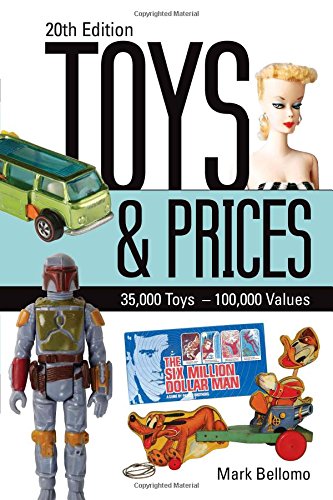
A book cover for Toys & Prices (Toys and Prices); Crafts, Hobbies & Home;